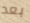
بعد